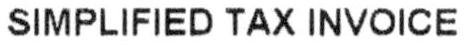
SIMPLIFIED TAX INVOICE